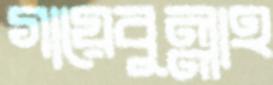
গায়েবুল্লাহ